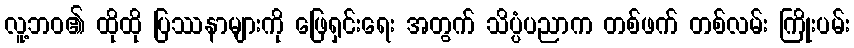
လူ့ဘဝ၏ ထိုထို ပြဿနာများကို ဖြေရှင်းရေး အတွက် သိပ္ပံပညာက တစ်ဖက် တစ်လမ်း ကြိုးပမ်း